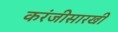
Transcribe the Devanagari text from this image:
करंजीसारखी